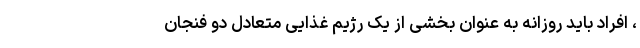
، افراد باید روزانه به عنوان بخشی از یک رژیم غذایی متعادل دو فنجان